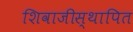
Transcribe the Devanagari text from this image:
शिवाजीस्थापित